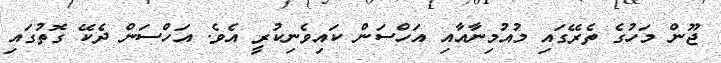
ޖޫން މަހުގެ ތެރޭގައި މުއުމިނާއާއި އަހްސަން ކައިވެނިކުރީ އެވެ. އަހްސަން ދެކޭ ގޮތުގައި